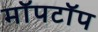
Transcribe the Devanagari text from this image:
मॉपटॉप